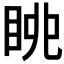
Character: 𱲴